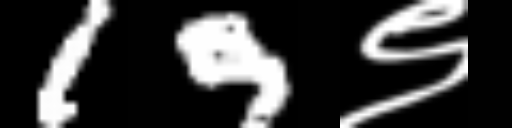
Text: 19९